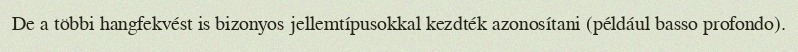
De a többi hangfekvést is bizonyos jellemtípusokkal kezdték azonosítani (például basso profondo).